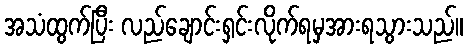
အသံထွက်ပြီး လည်ချောင်းရှင်းလိုက်ရမှအားရသွားသည်။